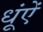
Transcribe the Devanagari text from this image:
धूंऐं